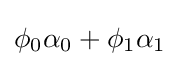
\phi _{0}\alpha _{0}+\phi _{1}\alpha _{1}